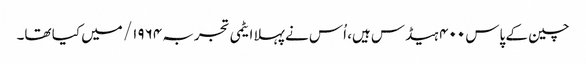
چین کے پاس ۴۰۰ ہیڈس ہیں، اُس نے پہلا ایٹمی تجربہ ۱۹۶۴/ میں کیا تھا۔